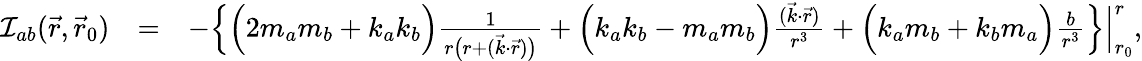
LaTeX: \begin{array}{rlr}{{\cal I}_{ab}(\vec{r},\vec{r}_{0})}&{=}&{-\Big\{ \Big(2m_{a}m_{b}+k_{a}k_{b}\Big)\frac{1}{r\big(r+({\vec{k}}\cdot{\vec{r}})\big)}+\Big(k_{a}k_{b}-m_{a}m_{b}\Big)\frac{({\vec{k}}\cdot{\vec{r}})}{r^{3}}+\Big(k_{a}m_{b}+k_{b}m_{a}\Big)\frac{b}{r^{3}}\Big\} \Big|_{r_{0}}^{r},}\end{array}